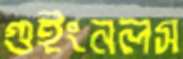
গুইংনলস